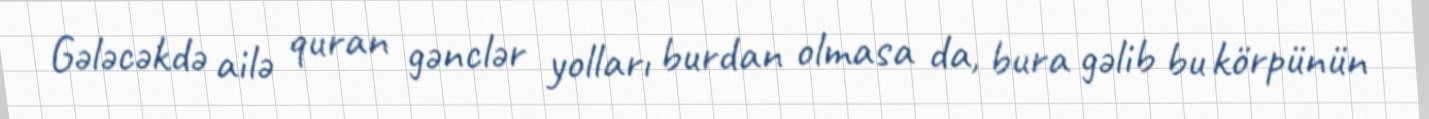
Gələcəkdə ailə quran gənclər yolları burdan olmasa da, bura gəlib bu körpünün